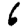
Digit: 6